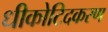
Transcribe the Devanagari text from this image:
धीकोटिदकरण